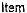
ITEM